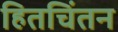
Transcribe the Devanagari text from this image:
हितचिंतन